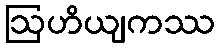
ဩဟိယျကဿ